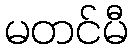
မတင်မီ